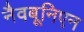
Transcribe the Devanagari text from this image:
नैवबूनिएन